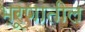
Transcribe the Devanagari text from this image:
भ्रूणातील